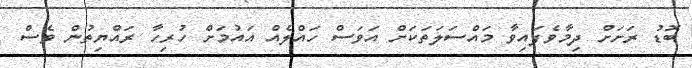
ބޮޑު ރަށަށް ދިމާވެފައިވާ މައްސަލަތަކަށް އަވަސް ހައްލެއް އައުމަށް ހުރިހާ ރައްޔިތުން ވެސް